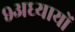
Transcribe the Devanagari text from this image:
९अध्यायों